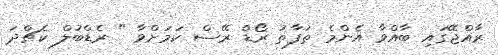
ރާއްޖޭގައި ބާއްވާ އެންމެ ތަފާތު ރޯޑް ރޭސް ކަމަށްވާ " ރެޑްބުލް ކެޗްދަ